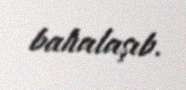
bahalaşıb.